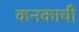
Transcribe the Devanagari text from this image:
कनकाची